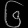
Digit: ၆